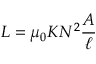
L = \mu _ { 0 } K N ^ { 2 } { \frac { A } { \ell } }